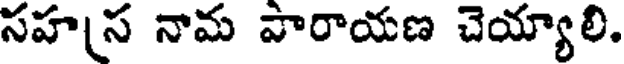
సహస నామ వారాయణ చెయ్యాలి.